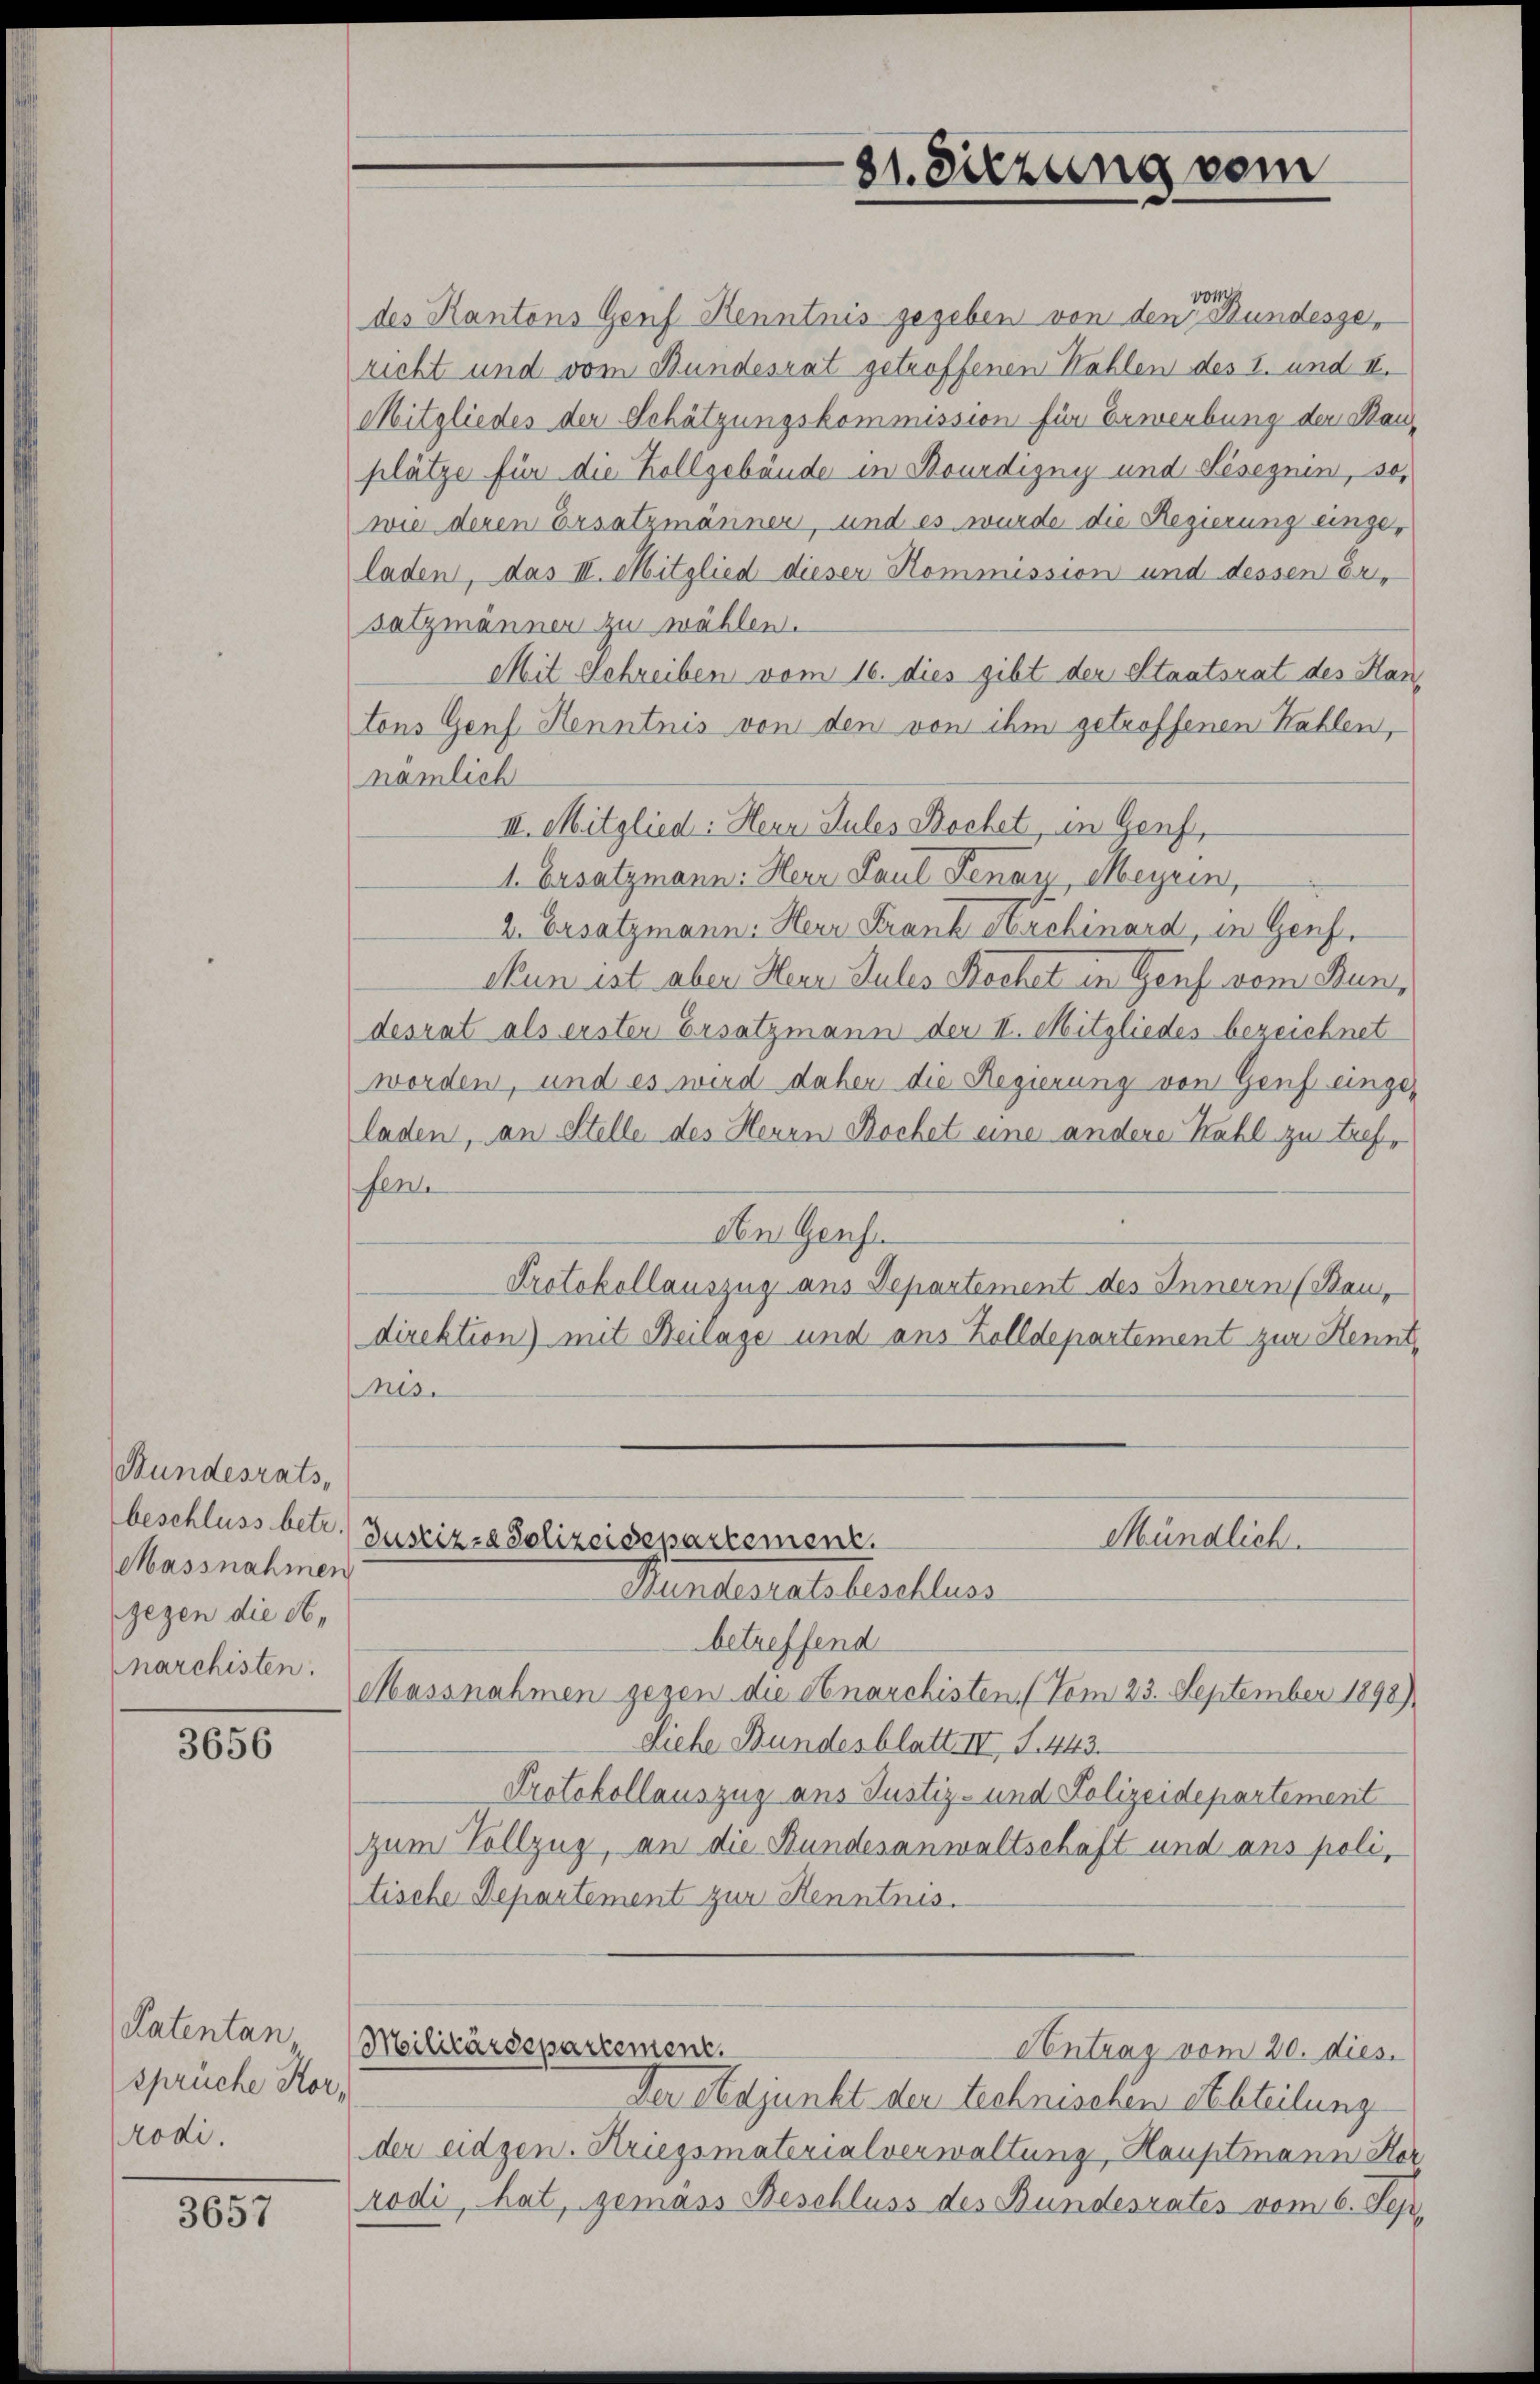
Bundesrats,
Massnahmen
gegen die Abnarchisten.

3656

Patentan
sprüche Korrodi.

3657

von
des Kantons Genf Kenntnis gegeben von den Bundesgericht und vom Bundesrat getroffenen Kahlen des I. und II.
Mitgliedes der Schätzungskommission für Erwerbung der Bauplätze für die Hollgebäude in Bourdigny und Sesegnin, so
wie deren Ersatzmänner, und es wurde die Regierung eingeladen, das III. Mitglied dieser Kommission und dessen Er-
satzmänner zu wählen.
Mit Schreiben vom 16. dies gibt der Staatsrat des Hautons Genf Henntnis von den von ihm getroffenen Kahlen,
nämlich
III. Mitglied: Herr Sules Bochet, in Genf,
1. Ersatzmann: Herr Paul Fenay, Meyrin,
2. Ersatzmann: Herr Frank Archinard, in Genf.
Nun ist aber Herr Sules Rochet in Genf vom Bundesrat als erster Ersatzmann der II. Mitgliedes bezeichnet
worden, und es wird daher die Regierung von Genf einge-
laden, an Stelle des Heuen Bochet eine andere Kahl zu treffene
An Genf.
Protokollauszug aus Departement des Innern (Bau,
direktion) mit Beilage und aus Zolldepartement zur Kennt¬
Mrs.

beschluss betr. Justizza Polizeidepartement.
Mündlich.
Bundesratsbeschluss

betreffend
Massnahmen gegen die Anarchisten (Vom 23. September 1898)
Siehe Bundesblatt IV S. 443.
Protokollauszug aus Justiz- und Polizeidepartement
zum Vollzug, an die Bundesanwaltschaft und ans poli,
tische Departement zur Kenntnis.
Militärdepartement,
Contrag vom 20. dies
Der Adjunkt der technischen Abteilung
der eidgen. Kriegsmaterialverwaltung, Hauptmann Her
rodi, hat, gemäss Beschluss des Bundesrates vom 6. Sep.

81. Sitzung vom